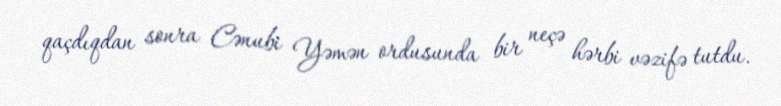
qaçdıqdan sonra Cənubi Yəmən ordusunda bir neçə hərbi vəzifə tutdu.